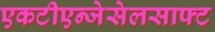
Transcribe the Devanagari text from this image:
एकटीएन्जेसेलसाफ्ट